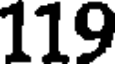
119